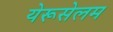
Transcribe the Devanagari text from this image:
येरूसेलम